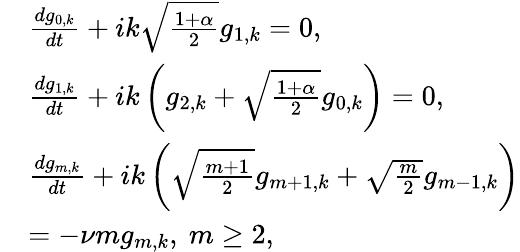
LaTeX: \begin{array}{rl}&{\frac{dg_{0,k}}{dt}+ik\sqrt{\frac{1+\alpha}{2}}g_{1,k}=0,}\\ &{\frac{dg_{1,k}}{dt}+ik\left(g_{2,k}+\sqrt{\frac{1+\alpha}{2}}g_{0,k}\right)=0,}\\ &{\frac{dg_{m,k}}{dt}+ik\left(\sqrt{\frac{m+1}{2}}g_{m+1,k}+\sqrt{\frac{m}{2}}g_{m-1,k}\right)}\\ &{=-\nu mg_{m,k},\ m\ge 2,}\end{array}